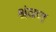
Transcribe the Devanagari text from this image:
श्रंवण